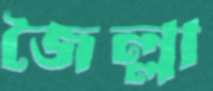
জৈল্লা